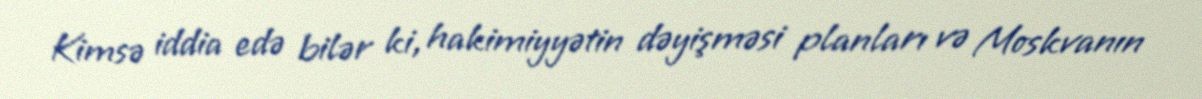
Kimsə iddia edə bilər ki, hakimiyyətin dəyişməsi planları və Moskvanın